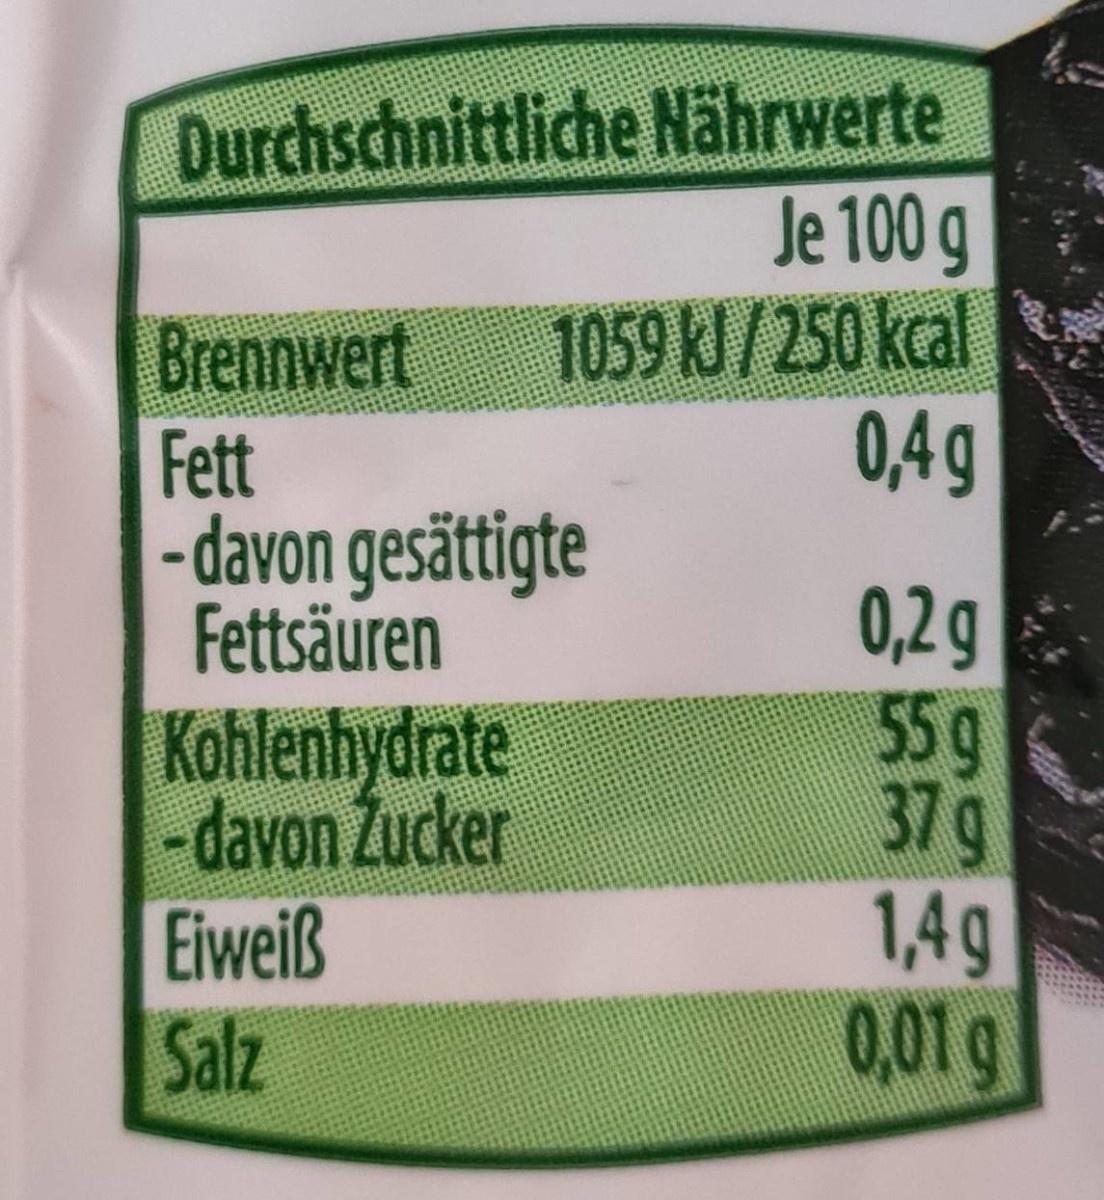
Durchschnittliche Nährwerte Je 100 g 1059 kJ/250 kcal 0,4g
Brennwert
Fett - davon gesättigte Fettsäuren Kohlenhydrate -davon Zucker Eiweiß Salz
0,2 g 55g 37g 1,4g 0,01 g